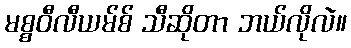
မစ္စဝီလီယမ်စ် သီဆိုတာ ဘယ်လိုလဲ။